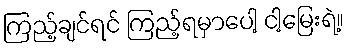
ကြည့်ချင်ရင် ကြည့်ရမှာပေါ့ ငါ့မြေးရဲ့။